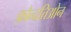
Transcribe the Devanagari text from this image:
फ़ौन्दतिओन